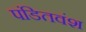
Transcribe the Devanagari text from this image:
पंडितवंश